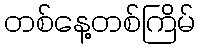
တစ်နေ့တစ်ကြိမ်